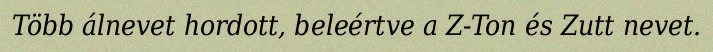
Több álnevet hordott, beleértve a Z-Ton és Zutt nevet.